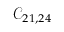
\mathcal { C } _ { 2 1 , 2 4 }